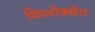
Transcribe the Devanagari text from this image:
फिलोक्सेरा